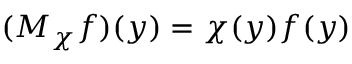
( M _ { \chi } f ) ( y ) = \chi ( y ) f ( y )